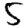
Digit: 5